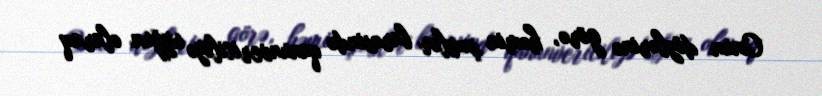
Onun dözlərinə görə, həmin şəxslər barəsində qanunvericiliyə uyğun olaraq